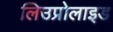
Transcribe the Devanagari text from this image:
लिउप्रोलाइड